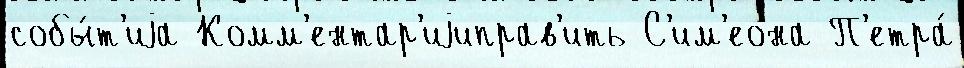
собы́т'иjа Комм'ентар'иjиправ'ить С'им'еона П'етра́